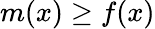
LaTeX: m(x)\geq f(x)